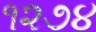
૧૨૭૪